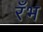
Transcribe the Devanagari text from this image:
रँभ